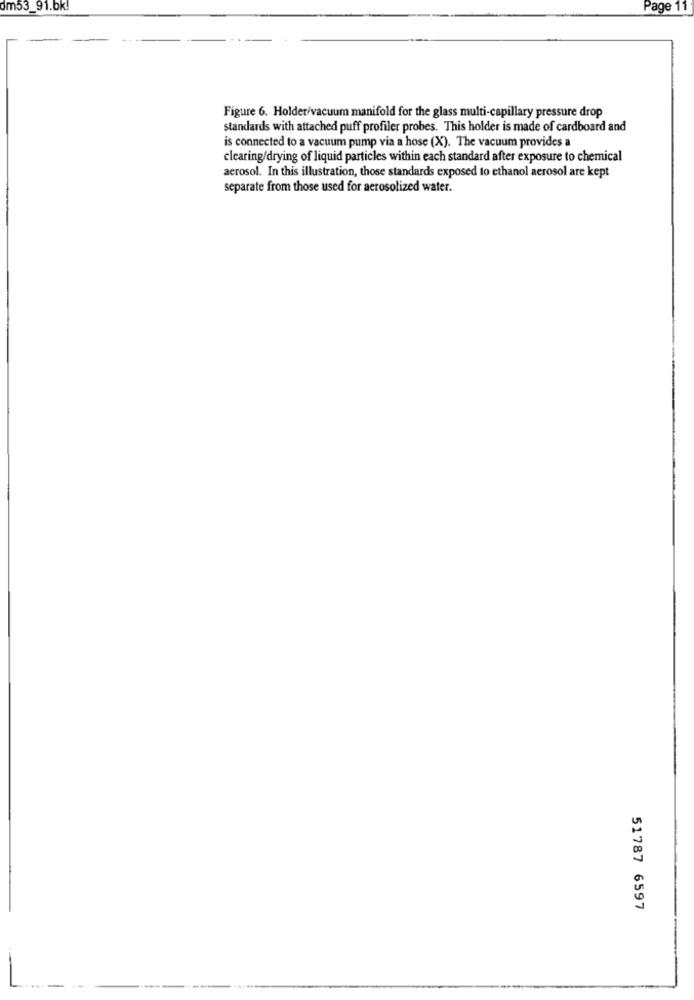
dm53_91.bk!
Page 11
Figure 6. Holder/vacuum manifold for the glass multi-capillary pressure drop
standards with attached puff profiler probes. This holder is made of cardboard and
is connected to a vacuum pump via a hose (X). The vacuum provides a
clearing/drying of liquid particles within each standard after exposure to chemical
aerosol. In this illustration, those standards exposed to ethanol aerosol are kept
separate from those used for aerosolized water.
51787 6597